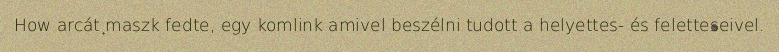
How arcát maszk fedte, egy komlink amivel beszélni tudott a helyettes- és feletteseivel.